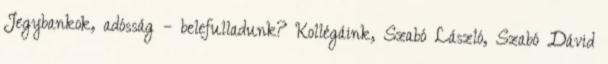
Jegybankok, adósság – belefulladunk? Kollégáink, Szabó László, Szabó Dávid